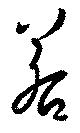
若